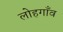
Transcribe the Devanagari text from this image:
लोहगाँव